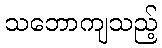
သဘောကျသည့်